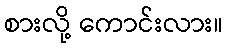
စားလို့ ကောင်းလား။